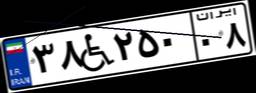
۱۶W۶۸۳۲۲